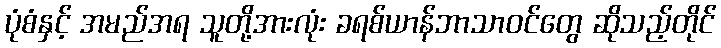
ပုံစံနှင့် အမည်အရ သူတို့အားလုံး ခရစ်ယာန်ဘာသာဝင်တွေ ဆိုသည့်တိုင်